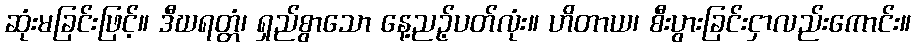
ဆုံးမခြင်းဖြင့်။ ဒီဃရတ္တံ၊ ရှည်စွာသော နေ့ညဉ့်ပတ်လုံး။ ဟိတာယ၊ စီးပွားခြင်းငှာလည်းကောင်း။